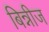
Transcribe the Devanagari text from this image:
बिन्नीज